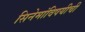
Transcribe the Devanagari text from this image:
सिनेमांविषयीची